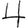
Digit: 4